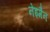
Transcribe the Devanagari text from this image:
नेइमैन